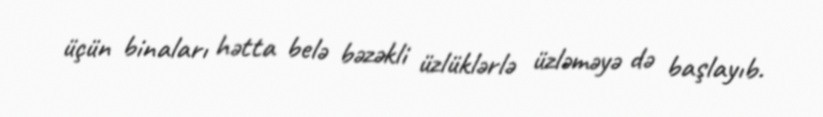
üçün binaları hətta belə bəzəkli üzlüklərlə üzləməyə də başlayıb.